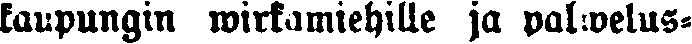
kaupungin wirkamiehille ja palwelus-